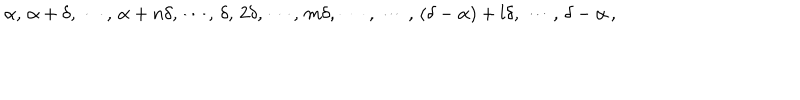
LaTeX: \alpha , \, \alpha + \delta , \, \cdots , \, \alpha + n \delta , \, \cdots , \, \delta , \, 2 \delta , \, \cdots , \, m \delta , \, \cdots \, , \, \cdots \, , \, ( \delta - \alpha ) + l \delta , \, \cdots \, , \, \delta - \alpha \, ,